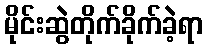
မိုင်းဆွဲတိုက်ခိုက်ခဲ့ရာ